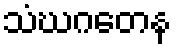
သံဃဂတေန